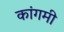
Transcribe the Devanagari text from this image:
कांगमी